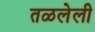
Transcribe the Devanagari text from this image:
तळलेली